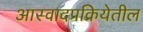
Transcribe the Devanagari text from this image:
आस्वादप्रक्रियेतील